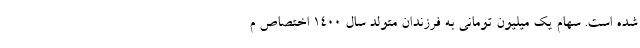
شده است. سهام یک میلیون تومانی به فرزندان متولد سال ۱۴۰۰ اختصاص م